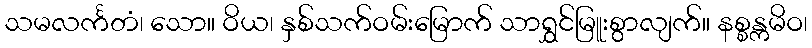
သမလင်္ကတံ၊ သော။ ဝိယ၊ နှစ်သက်ဝမ်းမြောက် သာရွှင်မြူးစွာလျက်။ နစ္စန္ကမိဝ၊